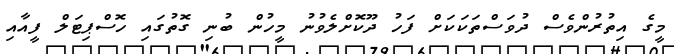
މީގެ އިތުރުންވެސް ދުވަސްތަކަކަށް ފަހު ދޫކޮށްލެވުނު މީހުން ބުނި ގޮތުގައި ހޮސްޕިޓަލް ފީއާއި